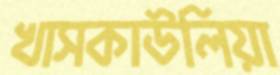
খাসকাউলিয়া